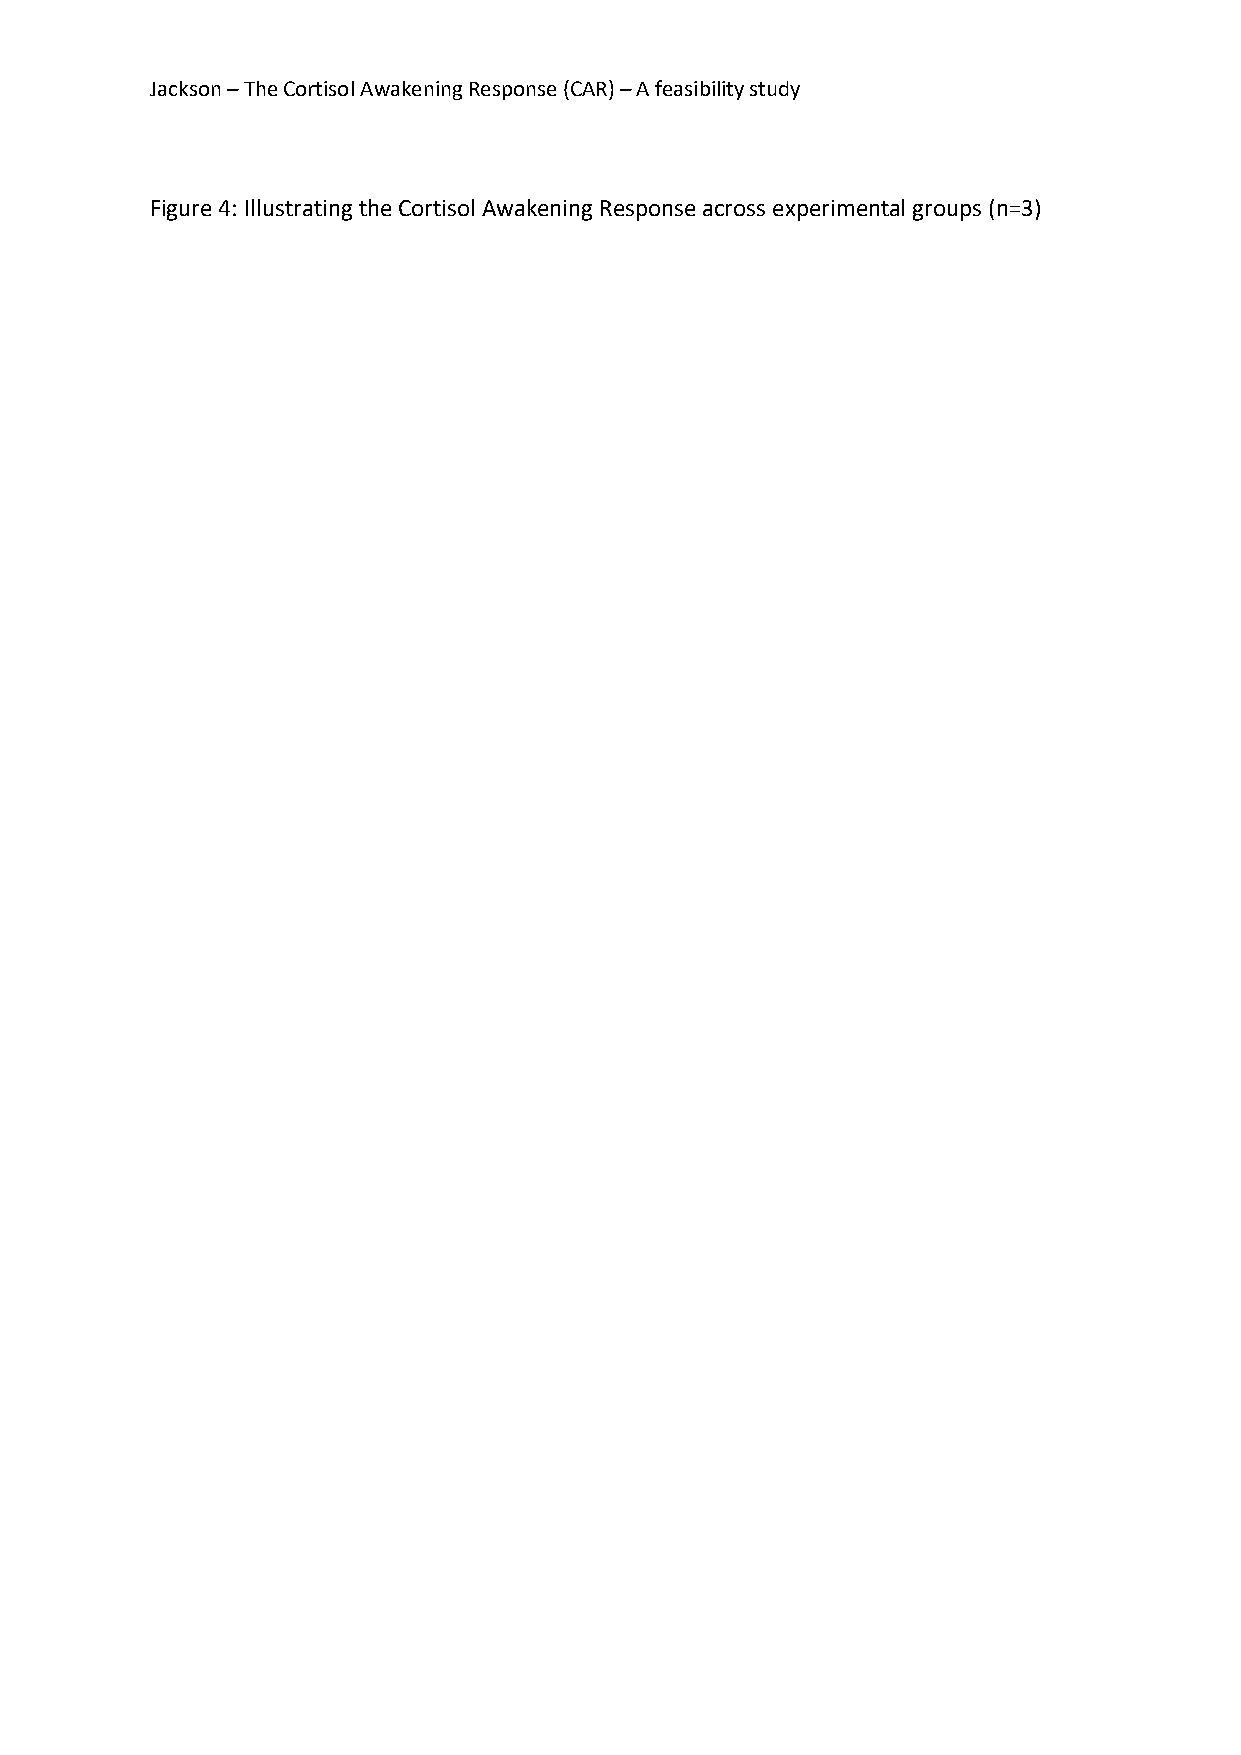
Jackson – The Cortisol Awakening Response (CAR) – A feasibility study
 Figure 4: Illustrating the Cortisol Awakening Response across experimental groups (n=3)